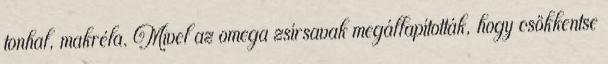
tonhal, makréla. Mivel az omega zsírsavak megállapították, hogy csökkentse